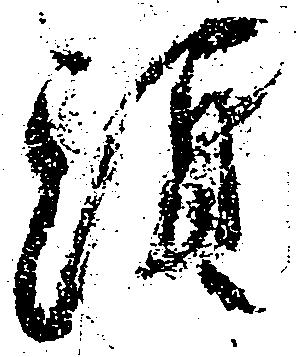
頭